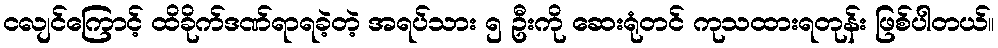
ငလျင်ကြောင့် ထိခိုက်ဒဏ်ရာရခဲ့တဲ့ အရပ်သား ၅ ဦးကို ဆေးရုံတင် ကုသထားရတုန်း ဖြစ်ပါတယ်။